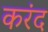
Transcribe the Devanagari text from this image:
करंद